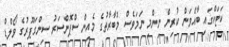
ކަޓަކްގައި ބާއްވަން ކުރިން ނިންމި ނަމަވެސް މުބާރާތުގެ މެއިން ސްޕޮންސަރު ސިންގަޕޫރުގެ ވޯލްޑް